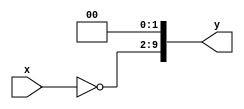
`timescale 1ns / 1ps
//////////////////////////////////////////////////////////////////////////////////
// Company: 
// Engineer: 
// 
// Design Name: 
// Module Name:    online_ccm_m2 
// Project Name: 
// Target Devices: 
// Tool versions: 
// Description: 
//
// Dependencies: 
//
// Revision: 
// Revision 0.01 - File Created
// Additional Comments: 
//		CCM: y=-2x
//////////////////////////////////////////////////////////////////////////////////
module online_ccm_m2(x,y);
parameter Stage = 4;

localparam shift = 1;

localparam WL		= 2*Stage;
localparam WL_oa	= 2*(Stage+shift);
localparam WL_out = 2*(Stage+shift+1);

	input [WL-1:0] x;
	//output [WL_out-1:0] y;
	output [WL_oa-1:0] y;
	
	wire [WL_oa-1:0] x_shift;	//x after shift

	assign x_shift[WL_oa-1: WL_oa-WL] 	= ~x;
	assign x_shift[WL_oa-WL-1:0]			= 'b0;
	
	assign y = x_shift;
	
endmodule